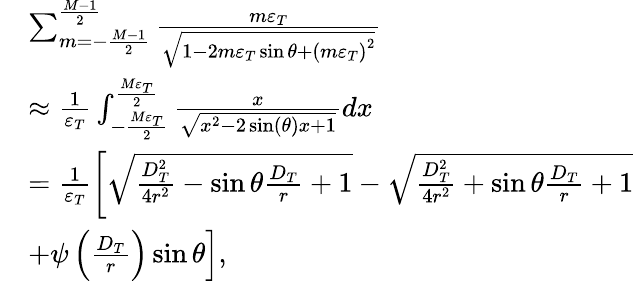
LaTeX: \begin{array}{rl}&{\sum_{m=-\frac{{M-1}}{2}}^{\frac{{M-1}}{2}}{\frac{{m{\varepsilon_{T}}}}{{\sqrt{1-2m{\varepsilon_{T}}\sin\theta+{{(m{\varepsilon_{T}})}^{2}}}}}}}\\ &{\approx\frac{1}{{{\varepsilon_{T}}}}\int_{-\frac{{M{\varepsilon_{T}}}}{2}}^{\frac{{M{\varepsilon_{T}}}}{2}}{\frac{x}{{\sqrt{{x^{2}}-2\sin(\theta)x+1}}}}dx}\\ &{=\frac{1}{{{\varepsilon_{T}}}}\left[{\sqrt{\frac{{D_{T}^{2}}}{{4{r^{2}}}}-\sin\theta\frac{{{D_{T}}}}{r}+1}}-{\sqrt{\frac{{D_{T}^{2}}}{{4{r^{2}}}}+\sin\theta\frac{{{D_{T}}}}{r}+1}}\right.}\\ &{\left.+\psi\left(\frac{D_{T}}{r}\right)\sin\theta\right],}\end{array}